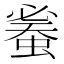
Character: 𧍦